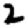
Digit: 2